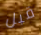
قبل